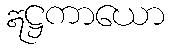
ဣဋ္ဌကာယော